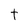
Character: t